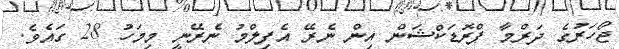
ޖޯހަރުގެ ދަރްމާ ޕްރޮޑަކްޝަން އިން ނެރޭ އެފިލްމު ނެރޭނީ މިމަހު 28 ގައެވެ.